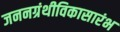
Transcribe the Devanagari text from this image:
जननग्रंथीविकासारंभ